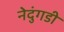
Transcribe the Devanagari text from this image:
नेदुंगडी